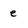
Character: e